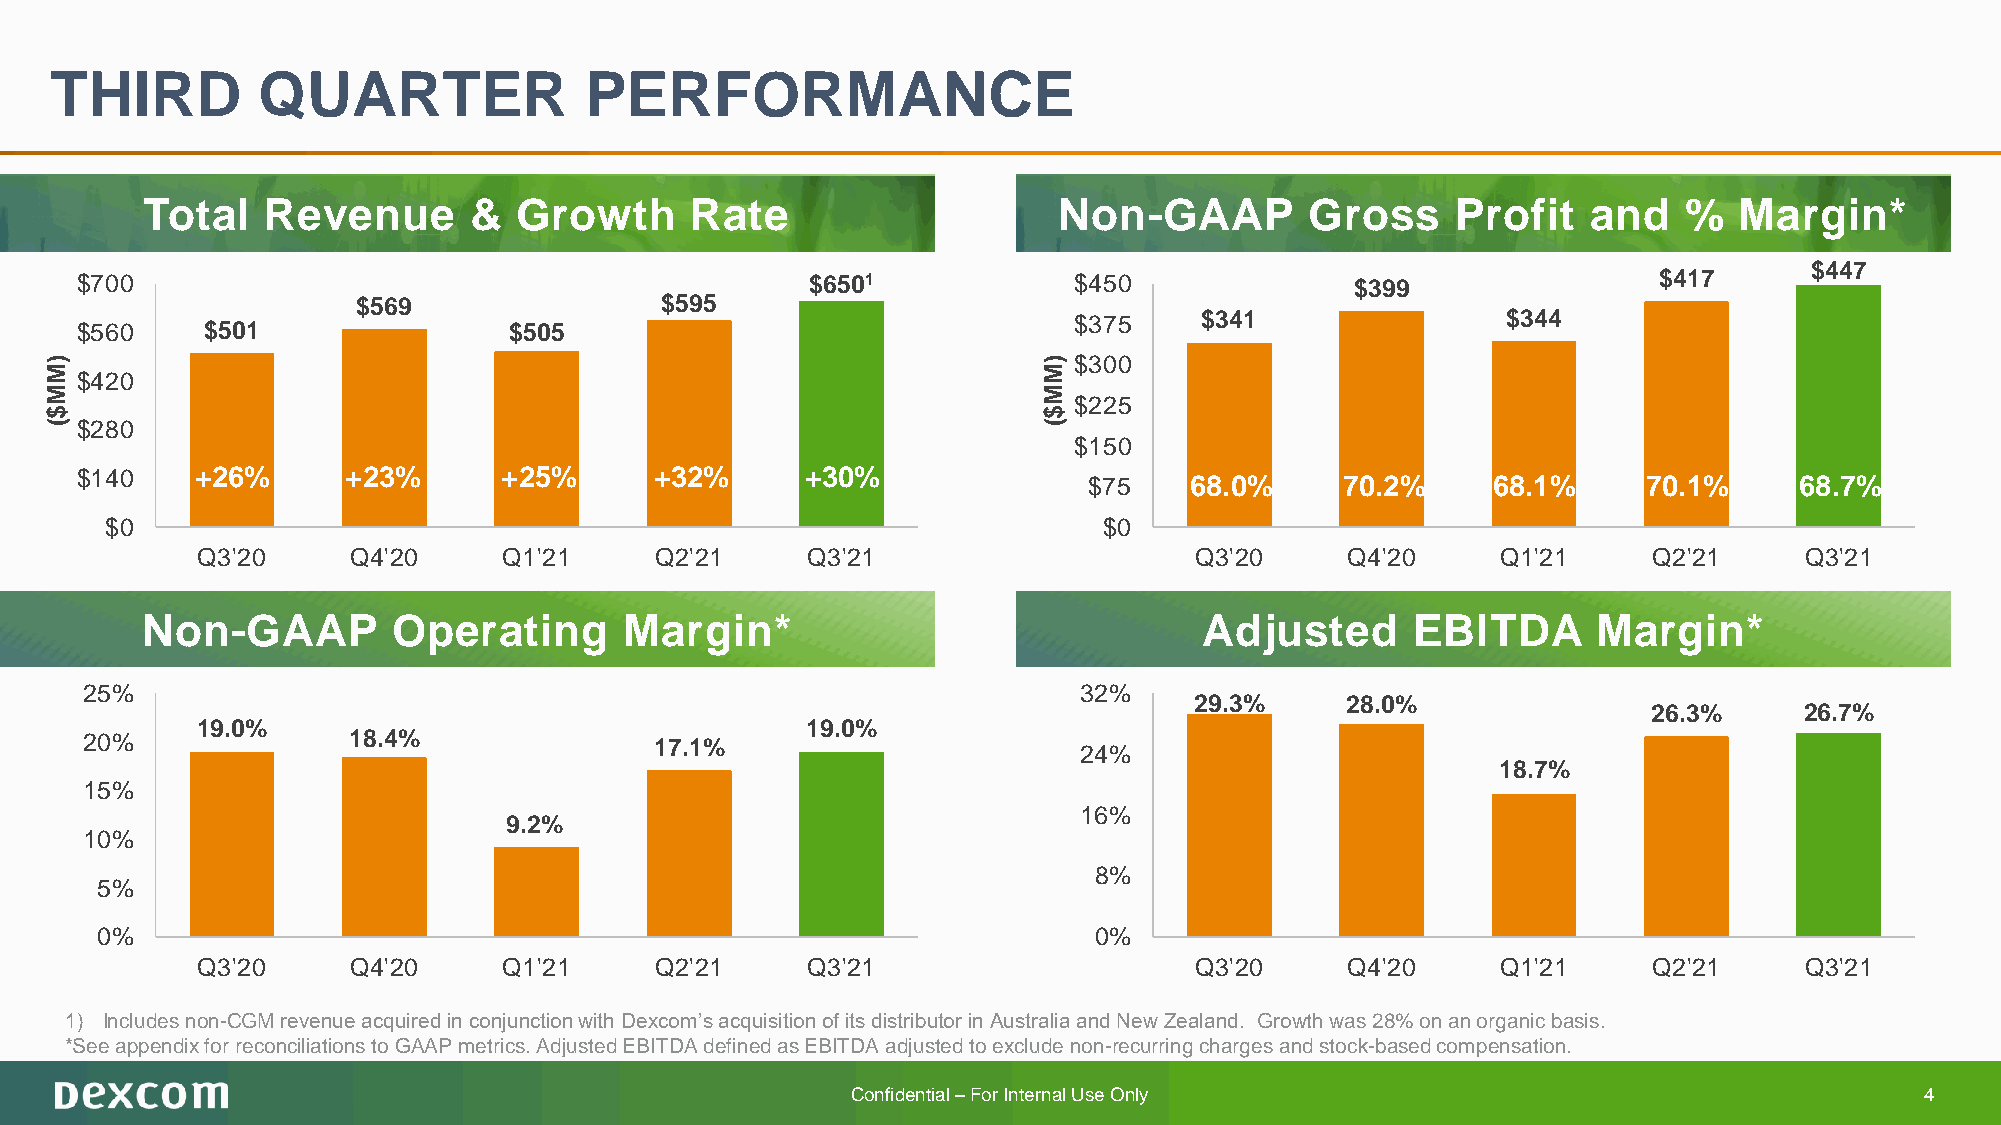
THIRD         QUARTER               PERFORMANCE
 Total   Revenue       &  Growth      Rate                    Non-GAAP         Gross    Profit   and    %  Margin*
 $447
 $700                                             $6501            $450               $399                $417
 $569                $595
 $560    $501                 $505                                 $375    $341                 $344
 )                                                                 ) $300
 M                                                                 M
 $420
 M                                                                 M
 $225
 $                                                                 $
 ( $280                                                            (
 $150
 $140    +26%      +23%      +25%      +32%      +30%               $75    68.0%     70.2%     68.1%     70.1%     68.7%
 $0                                                                $0
 Q3'20     Q4'20     Q1'21     Q2'21     Q3'21                     Q3'20     Q4'20     Q1'21     Q2'21     Q3'21
 Non-GAAP         Operating      Margin*                                Adjusted      EBITDA      Margin*
 25%                                                               32%
 29.3%     28.0%
 26.3%     26.7%
 19.0%                                   19.0%
 20%               18.4%               17.1%
 24%
 18.7%
 15%
 16%
 9.2%
 10%
 8%
 5%
 0%                                                                0%
 Q3'20     Q4'20     Q1'21     Q2'21     Q3'21                     Q3'20     Q4'20     Q1'21     Q2'21     Q3'21
 1) Includes non-CGM revenue acquired in conjunction with Dexcom’s acquisition of its distributor in Australia and New Zealand. Growth was 28% on an organic basis.
 *See appendix for reconciliations to GAAP metrics. Adjusted EBITDA defined as EBITDA adjusted to exclude non-recurring charges and stock-based compensation.
 Confidential –For Internal Use Only                                    4